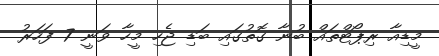
މީޑިއާ ރިޕޯޓްތައް ބުނާ ގޮތުގައި ބަޑި ޖެހި މީހާ ވަނީ 7 ފަހަރު